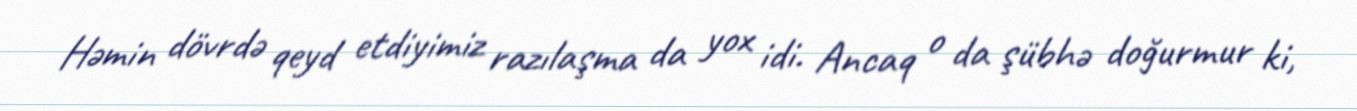
Həmin dövrdə qeyd etdiyimiz razılaşma da yox idi. Ancaq o da şübhə doğurmur ki,